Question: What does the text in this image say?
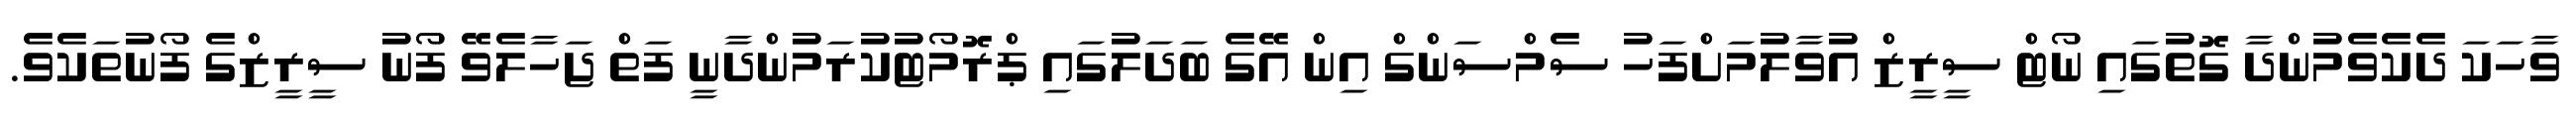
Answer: ވާހަކަ ދެކެވެމުންދާ ގޮތުގައި ނޯޓް ސީރީޒް އުވާލުމަށްފަހު ސެމްސަންގް އިން އޭގެ ބަދަލުގައި ޕްރޮމޯޓުކުރަމުންދާނީ ފަތް ޖަހާލެވޭ ފޯނު ސީރީޒްގެ ފޯނުތަކެވެ.